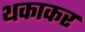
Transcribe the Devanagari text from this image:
थकाकर